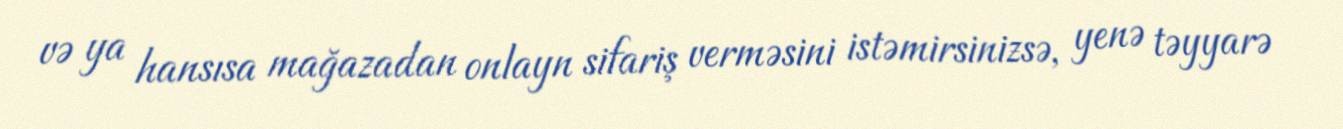
və ya hansısa mağazadan onlayn sifariş verməsini istəmirsinizsə, yenə təyyarə